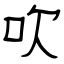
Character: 吹